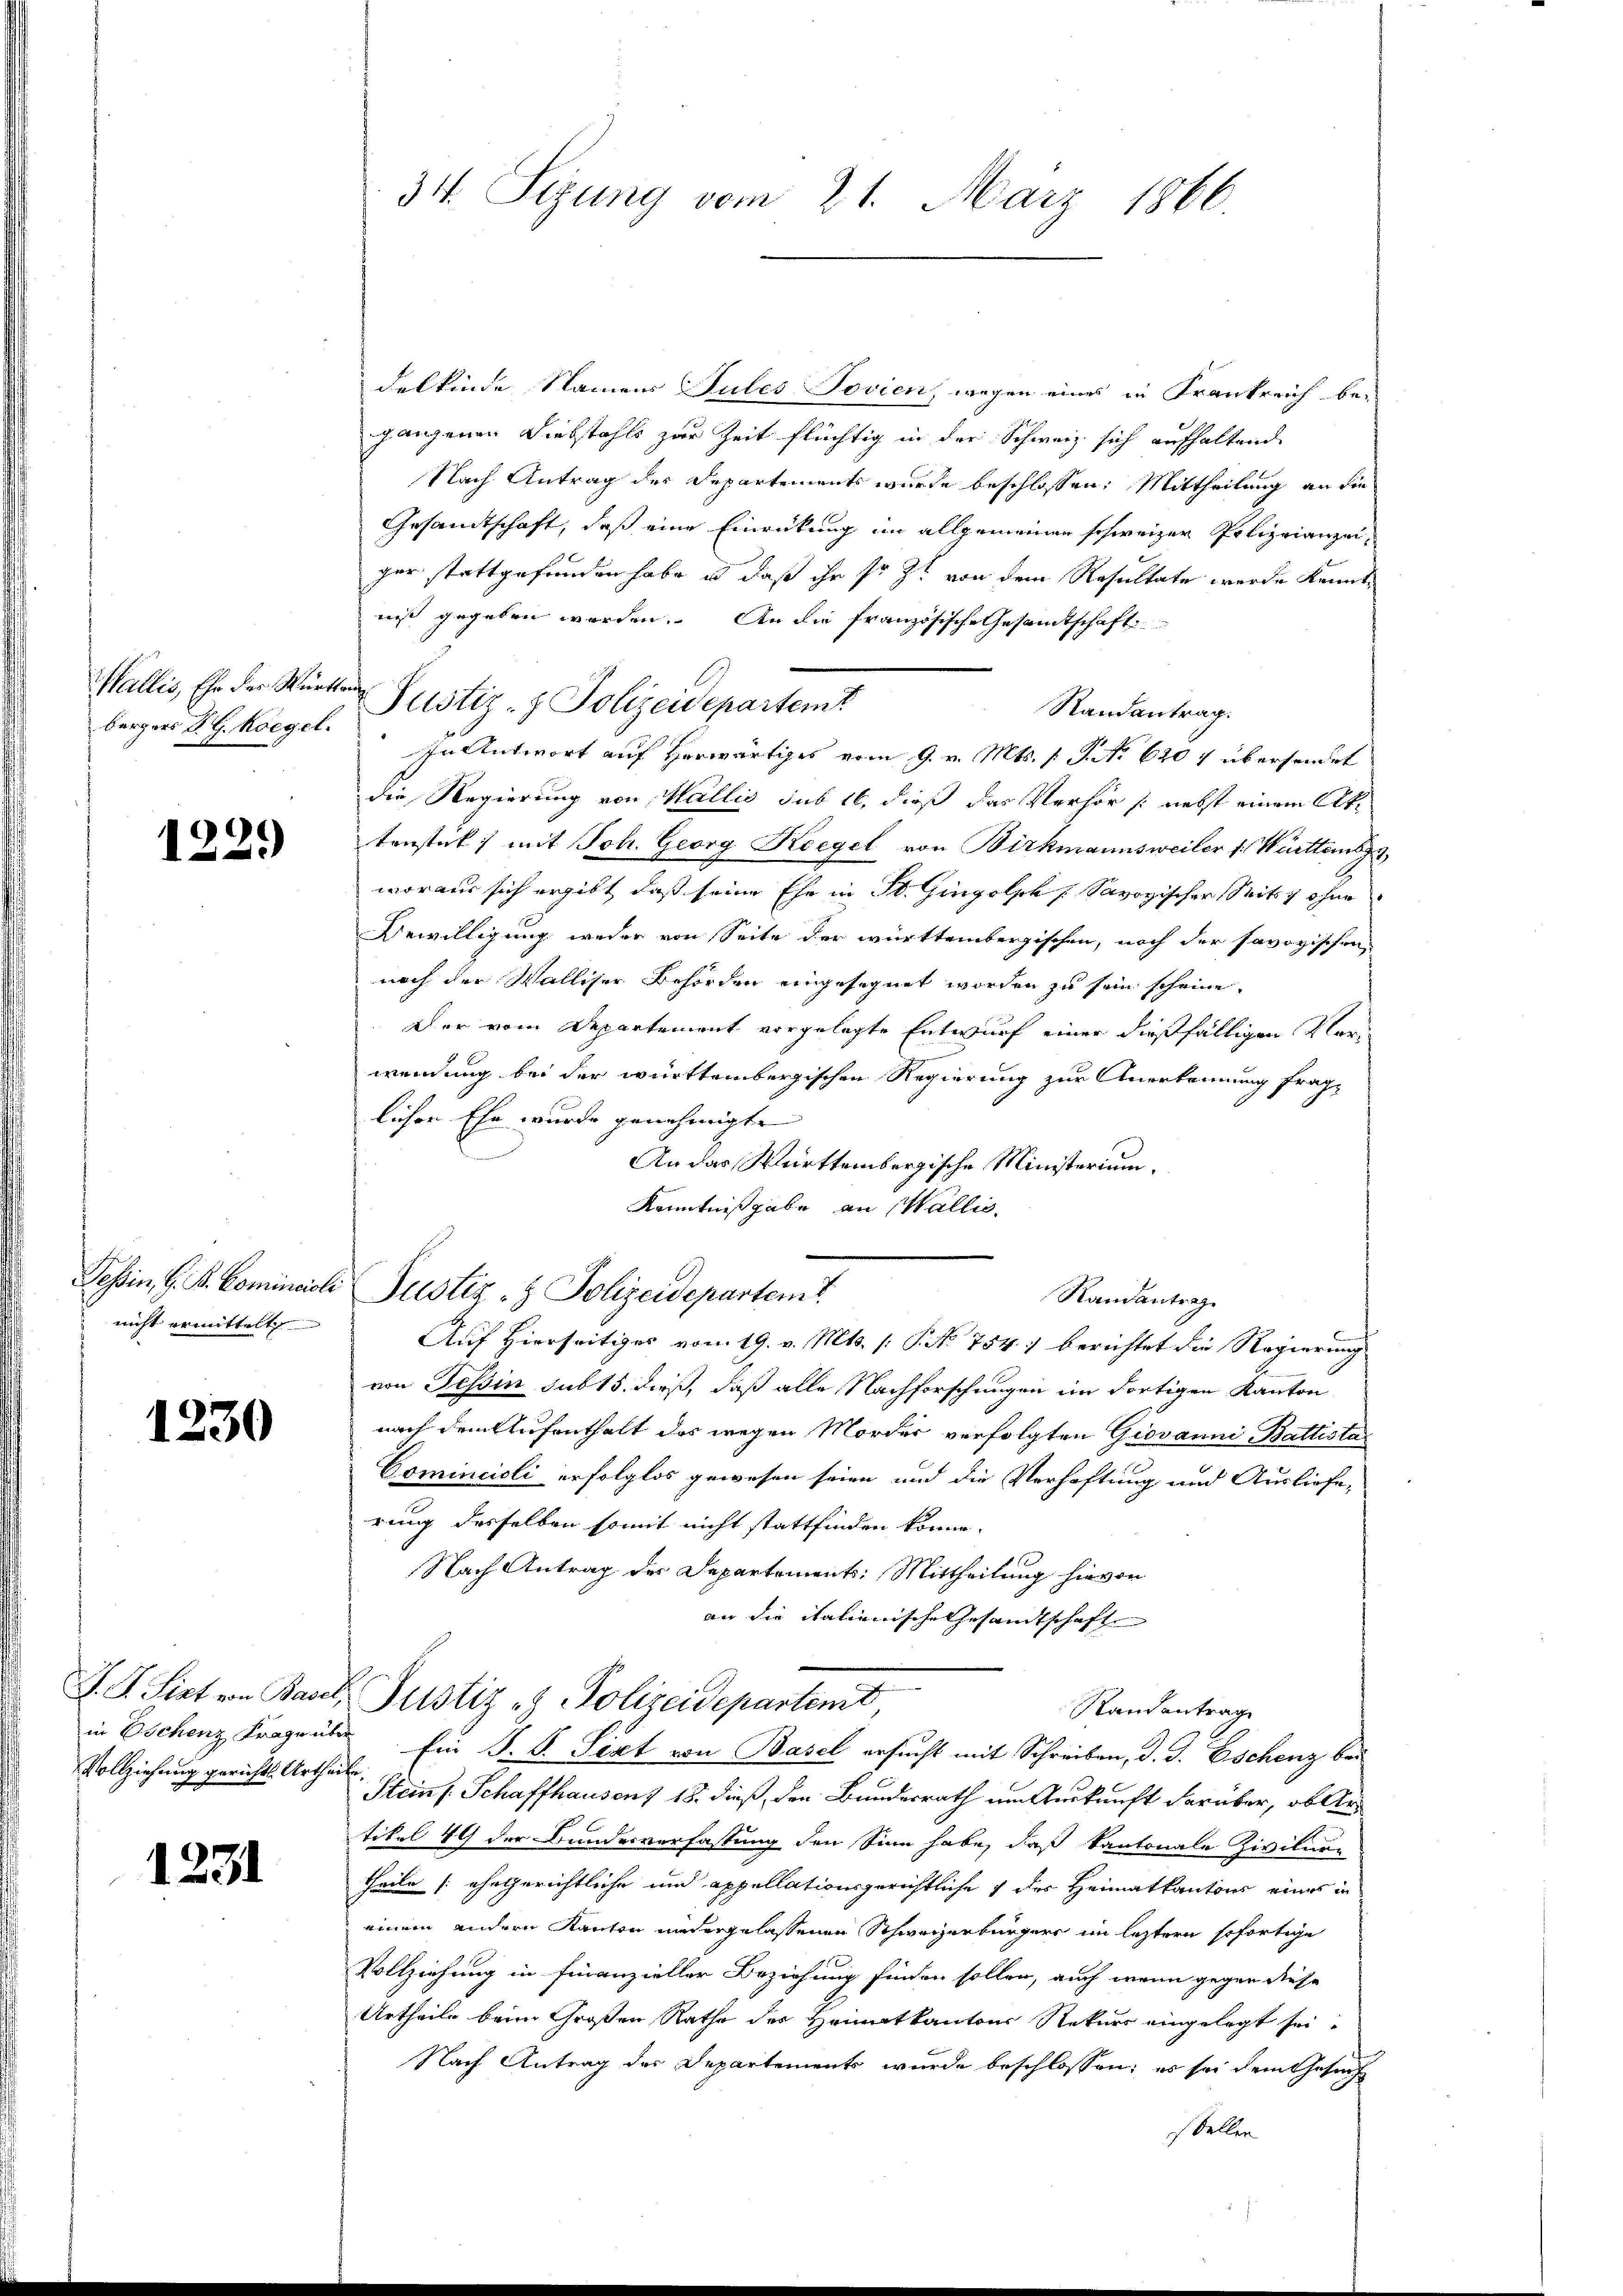
bergers Dr. G. Roegel.

1229

nicht ermittelt

1230

Vollziehung gerichts Urtheile.

1231

34. Sizung vom 21. März 1866.

delkinde Namens Jules Jovien, wegen eines in Frankreich be-
gangenen Diebstahls zur Zeit flüchtig in der Schweiz sich aufhaltend
Nach Antrag des Departements wurde beschlossen: Mittheilung an die
Gesandtschaft, daß eine Einrückung im allgemeinen schweizer Polizeianzeiger stattgefunden habe es daß ihr so zu von dem Resultate werde kannte
niß gegeben worden. An die französische Gesandtschaft
Randantrag.
In Antwort auf Herwärtiges vom 9. v. Mts. (T. No 620 4 übersendet
die Regierung von Wallis sub 16, dieß das Verhör /: nebst einem Alk.
tenstück mit Joh. Georg Koegel von Birkmannsweiler v. Württemb
woraus sich ergibt, daß seine Ehe in St. Gingolph Savoyischer Seits z ohne
Bewilligung weder von Seite der württembergischen, nach der savoyischen
nach der Walliser Behörden eingesegnet worden zu sein scheine.
Der vom Departement vorgelegte Entwurf einer dießfälligen Verwendung bei der württembergischen Regierung zur Anerkennung fraglicher Ehe wurde genehmigte |
An das Württembergische Ministerium.
Kenntnißgabe an Wallis,
Tessin, G. B. Comincicli Justiz- & Polizeidepartem t
Randantrag
Auf Hierseitiges vom 19. v. Mts. [No 754. berichtet die Regierung
von Tessin sub 15. dieß, daß alle Nachforschungen im dortigen Kanton
nach dem Aufenthalt des wegen Morder verfolgten Giovanni Battista¬
Cominciali erfolglos gewesen seien und die Verhaftung und Ausliefe,
rung desselben somit nicht stattfinden könne.
Nach Antrag des Departements: Mittheilung hievon
an die italienische Gesandtschafte
J. J. Siet von Basel, Justiz & Polizeidepartent
Randantrag
in Eschenz Fragen Ein P. P. Sept von Basel ersucht mit Schreiben, d. J. Eschenz bei
Steins Schaffhausent 18. dieß, den Bundesrath um Auskunft darüber, obertikel 49 der Bundesverfassung den Sinn habe, daß kantonale Zivilur-
theile (ehegerichtliche und appellationsgerichtliche 1 der Heimatkantons eines in
einem andern Kanton nidergelassenen Schweizerbürgers im leztern sofortige
Vollziehung in Finanzieller Beziehung finden sollen, auch wenn gegen diese
Urtheile beim Großen Rathe des Heimatkantons Rekurs eingelegt sei,
Nach Antrag des Departements wurde beschlossen; es sei dem Gesuch
stellen

Wallis, Ehr der Würte Sistir- & Polizeidepartemt